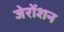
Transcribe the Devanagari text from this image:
जेरोंशन